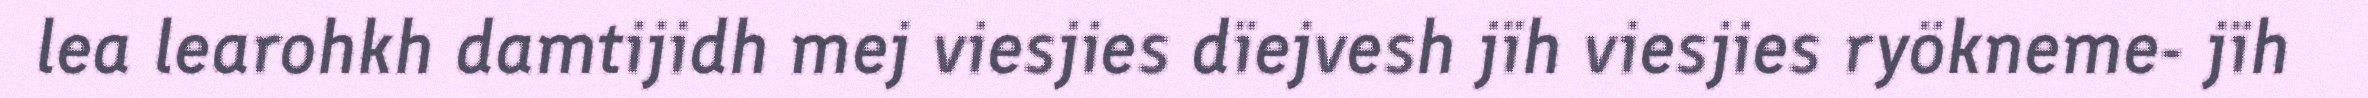
lea learohkh damtijidh mej viesjies dïejvesh jïh viesjies ryökneme- jïh